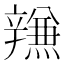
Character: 𰺫